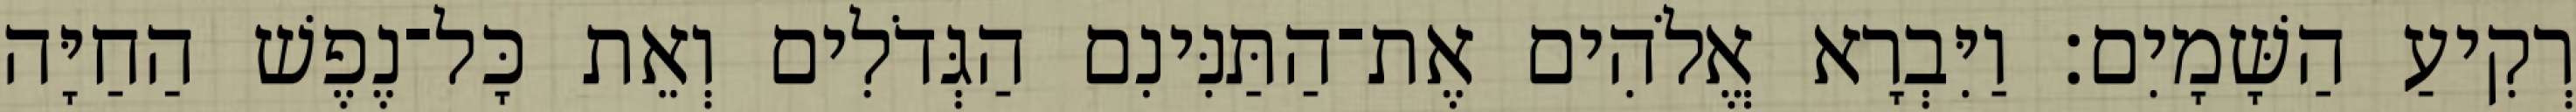
רְקִיעַ הַשָּׁמָיִם׃ וַיִּבְרָא אֱלֹהִים אֶת־הַתַּנִּינִם הַגְּדֹלִים וְאֵת כָּל־נֶפֶשׁ הַחַיָּה